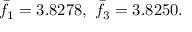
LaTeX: \bar { f } _ { 1 } = 3 . 8 2 7 8 , \ \bar { f } _ { 3 } = 3 . 8 2 5 0 .